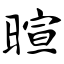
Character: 暄